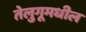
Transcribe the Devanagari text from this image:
तेलुगूमधील